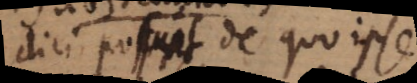
dici possunt, de quo ipse.